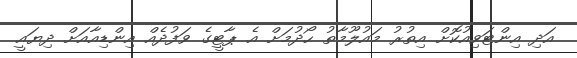
އަދި އިންޓަވިއުކޮށް އިތުރު މައުލޫމާތު ހޯދުމަށް އެ ޕާޓީގެ ވަފުދެއް އިންޑިއާއަށް ދިޔައީ